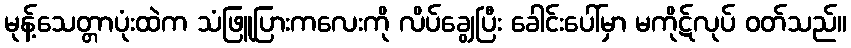
မုန့်သေတ္တာပုံးထဲက သံဖြူပြားကလေးကို လိပ်ချွေပြီး ခေါင်းပေါ်မှာ မကိုဋ်လုပ် ဝတ်သည်။